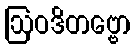
ဩဝဒိတဗ္ဗော